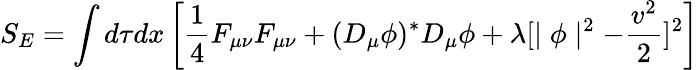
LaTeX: S_{E}=\int d\tau dx\left[\frac{1}{4}F_{\mu\nu}F_{\mu\nu}+(D_{\mu}\phi)^{\ast}D_{\mu}\phi+\lambda[\mid\phi\mid^{2}-\frac{v^{2}}{2}]^{2}\right]